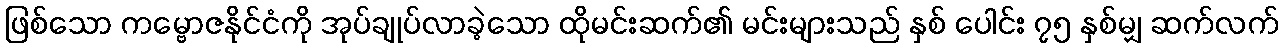
ဖြစ်သော ကမ္ဗောဇနိုင်ငံကို အုပ်ချုပ်လာခဲ့သော ထိုမင်းဆက်၏ မင်းများသည် နှစ် ပေါင်း ၇၅ နှစ်မျှ ဆက်လက်